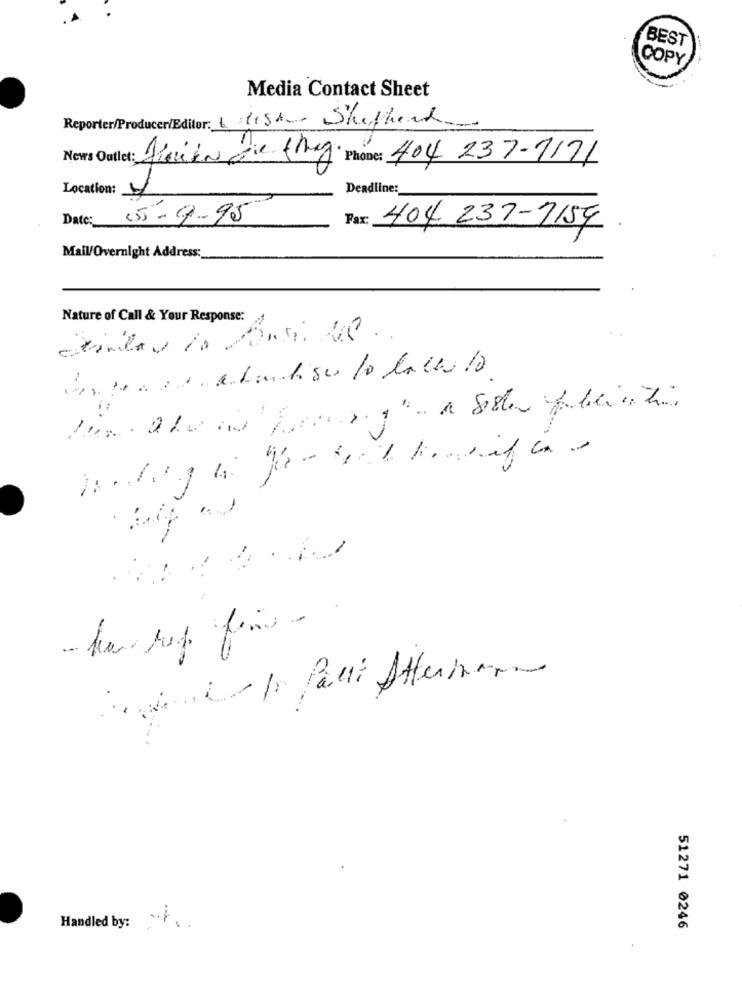
BEST
COPY
Media Contact Sheet
Reporter/Producer/Editor: list Shepherd
-
News Outlet: Jaika Die mig Phone: 404 237-1171
Location:
Deadline:
Date:
(5) - 9. 95
Fax:
404 237-1154
Mail/Overnight Address:
Nature of Call & Your Response:
-
Handled by: ...
51271 0246